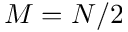
M = N / 2